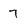
Character: 7